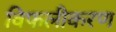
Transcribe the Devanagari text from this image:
विफलीकरण